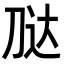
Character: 𭃢